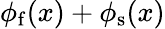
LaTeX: \phi_{\mathrm{f}}(x)+\phi_{\mathrm{s}}(x)